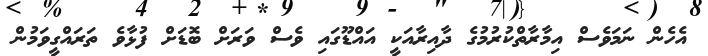
އެހެން ނަމަވެސް އިމާރާތްކުރުމުގެ ދާއިރާއަކީ އައްޑޫގައި ވެސް ވަރަށް ބޮޑަށް ފުޅާވެ ތަރައްގީވަމުން